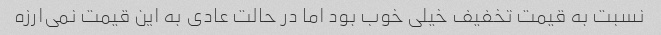
نسبت به قیمت تخفیف خیلی خوب بود اما در حالت عادی به این قیمت نمی‌ارزه